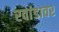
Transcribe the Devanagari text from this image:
रवांडावर